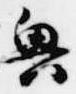
興